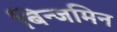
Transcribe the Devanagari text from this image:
बिन्जमिन